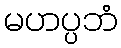
မဟပ္ပဘံ